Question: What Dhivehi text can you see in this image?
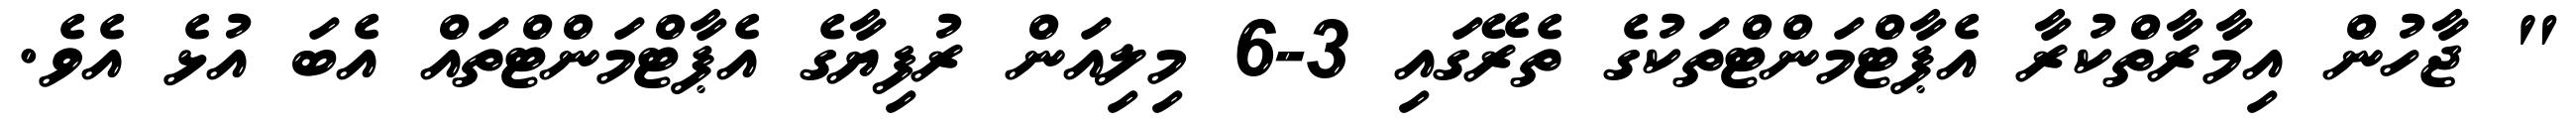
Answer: " ޖާހުން އިމާރާތްކުރާ އެޕާޓްމަންޓްތަކުގެ ތެރޭގައި 3-6 މިލިއަން ރުފިޔާގެ އެޕާޓްމަންޓްތައް އެބަ އުޅެ އެވެ.